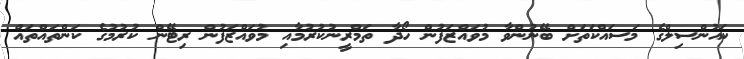
ކައުންސިލްގެ މަސައްކަތަށް ބޭނުންވާ މުވައްޒަފުން ހޯދާ ތަމްރީނުކުރުމާއި މުވައްޒަފުން ރިޓޭން ކުރުމުގެ ކަންތައްތައް